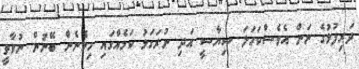
ދަރިފުޅުގެ ނަން އެވެސްކަހަލަ ސިޔާސީ އަދި ނުރަގަޅު ކަމެއްގައި ހިމެނެން ބޭނުން ނުވާތީ